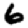
Digit: 6